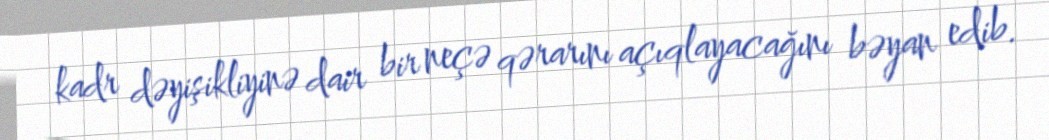
kadr dəyişikliyinə dair bir neçə qərarını açıqlayacağını bəyan edib.